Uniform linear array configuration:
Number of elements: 16
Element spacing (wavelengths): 0.5
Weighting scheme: blackman
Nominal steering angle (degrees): -15
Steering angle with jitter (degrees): -15.428
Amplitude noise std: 0.05
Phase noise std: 0.05

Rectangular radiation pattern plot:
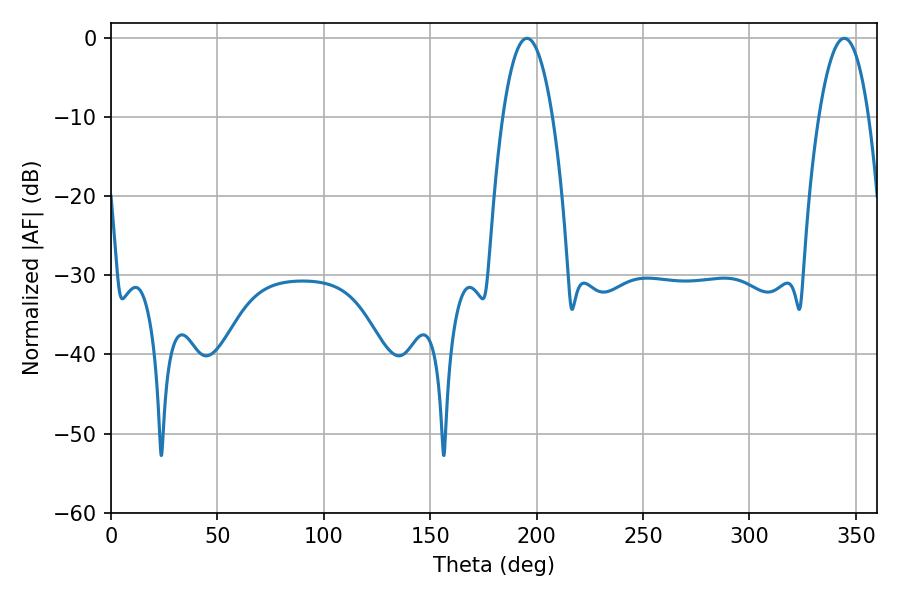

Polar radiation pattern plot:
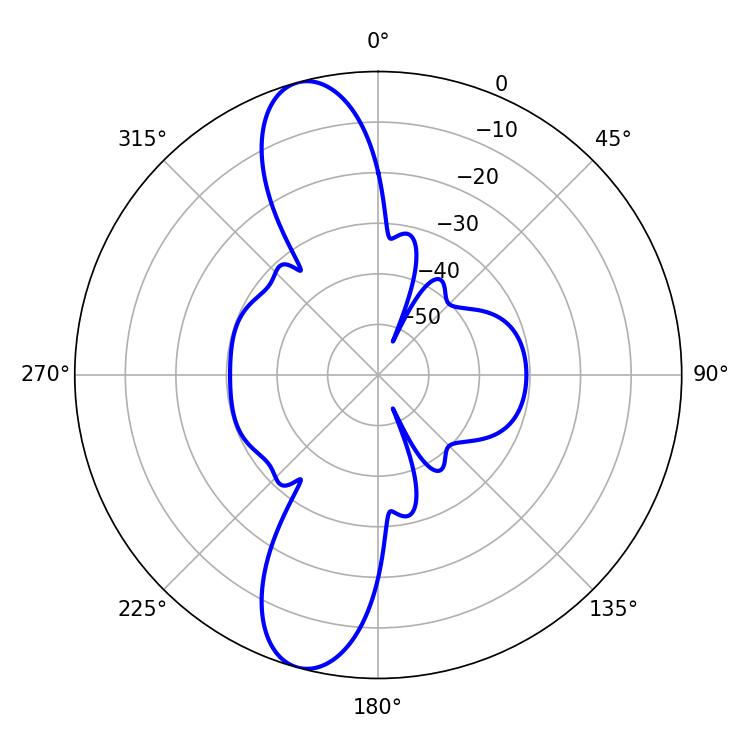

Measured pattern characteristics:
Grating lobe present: FALSE
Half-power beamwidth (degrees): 12.96
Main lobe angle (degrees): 195.48